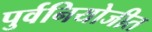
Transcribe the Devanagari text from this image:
पुर्वनियोजीत